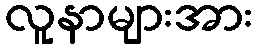
လူနာများအား